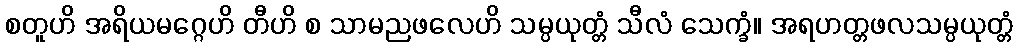
စတူဟိ အရိယမဂ္ဂေဟိ တီဟိ စ သာမညဖလေဟိ သမ္ပယုတ္တံ သီလံ သေက္ခံ။ အရဟတ္တဖလသမ္ပယုတ္တံ